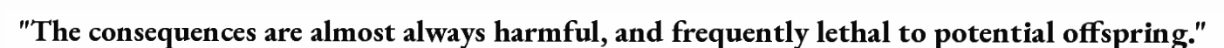
"The consequences are almost always harmful, and frequently lethal to potential offspring."